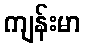
ကျန်းမာ